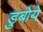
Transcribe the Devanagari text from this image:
डुबोये